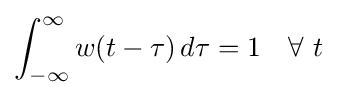
\int _{-\infty }^{\infty }w(t-\tau )\,d\tau =1\quad \forall \ t